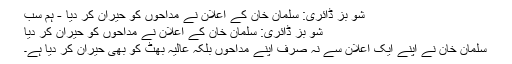
شو بز ڈائری: سلمان خان کے اعلان نے مداحوں کو حیران کر دیا - ہم سب
شو بز ڈائری: سلمان خان کے اعلان نے مداحوں کو حیران کر دیا
سلمان خان نے اپنے ایک اعلان سے نہ صرف اپنے مداحوں بلکہ عالیہ بھٹ کو بھی حیران کر دیا ہے۔